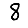
Digit: 8